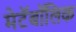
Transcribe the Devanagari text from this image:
मेटॅबॉलिक